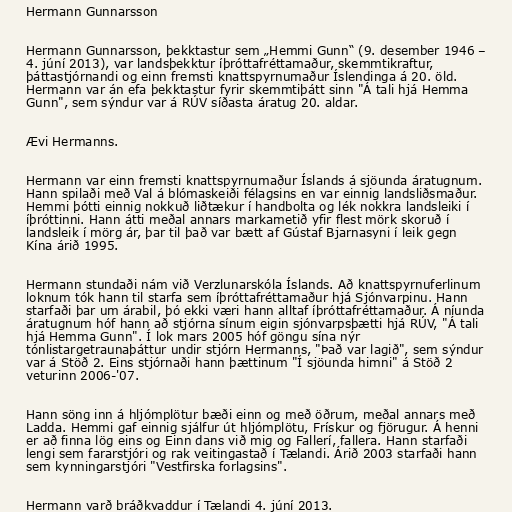
Hermann Gunnarsson

Hermann Gunnarsson, þekktastur sem „Hemmi Gunn“ (9. desember 1946 –
4. júní 2013), var landsþekktur íþróttafréttamaður, skemmtikraftur,
þáttastjórnandi og einn fremsti knattspyrnumaður Íslendinga á 20. öld.
Hermann var án efa þekktastur fyrir skemmtiþátt sinn "Á tali hjá Hemma
Gunn", sem sýndur var á RÚV síðasta áratug 20. aldar.

Ævi Hermanns.

Hermann var einn fremsti knattspyrnumaður Íslands á sjöunda áratugnum.
Hann spilaði með Val á blómaskeiði félagsins en var einnig landsliðsmaður.
Hemmi þótti einnig nokkuð liðtækur í handbolta og lék nokkra landsleiki í
íþróttinni. Hann átti meðal annars markametið yfir flest mörk skoruð í
landsleik í mörg ár, þar til það var bætt af Gústaf Bjarnasyni í leik gegn
Kína árið 1995.

Hermann stundaði nám við Verzlunarskóla Íslands. Að knattspyrnuferlinum
loknum tók hann til starfa sem íþróttafréttamaður hjá Sjónvarpinu. Hann
starfaði þar um árabil, þó ekki væri hann alltaf íþróttafréttamaður. Á níunda
áratugnum hóf hann að stjórna sínum eigin sjónvarpsþætti hjá RÚV, "Á tali
hjá Hemma Gunn". Í lok mars 2005 hóf göngu sína nýr
tónlistargetraunaþáttur undir stjórn Hermanns, "Það var lagið", sem sýndur
var á Stöð 2. Eins stjórnaði hann þættinum "Í sjöunda himni" á Stöð 2
veturinn 2006-'07.

Hann söng inn á hljómplötur bæði einn og með öðrum, meðal annars með
Ladda. Hemmi gaf einnig sjálfur út hljómplötu, Frískur og fjörugur. Á henni
er að finna lög eins og Einn dans við mig og Fallerí, fallera. Hann starfaði
lengi sem fararstjóri og rak veitingastað í Tælandi. Árið 2003 starfaði hann
sem kynningarstjóri "Vestfirska forlagsins".

Hermann varð bráðkvaddur í Tælandi 4. júní 2013.